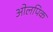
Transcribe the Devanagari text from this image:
ओलपिक